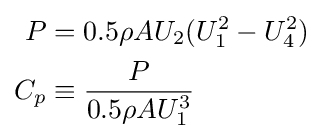
{\begin{aligned}P&=0.5\rho AU_{2}(U_{1}^{2}-U_{4}^{2})\\C_{p}&\equiv {\frac {P}{0.5\rho AU_{1}^{3}}}\end{aligned}}